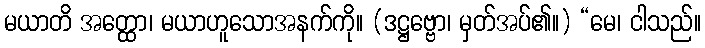
မယာတိ အတ္ထော၊ မယာဟူသောအနက်ကို။ (ဒဋ္ဌဗ္ဗော၊ မှတ်အပ်၏။) “မေ၊ ငါသည်။